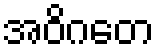
အဝိဂတေ